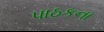
પાઠકના